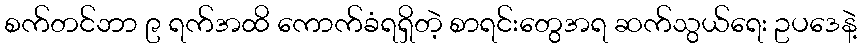
စက်တင်ဘာ ၉ ရက်အထိ ကောက်ခံရရှိတဲ့ စာရင်းတွေအရ ဆက်သွယ်ရေး ဥပဒေနဲ့